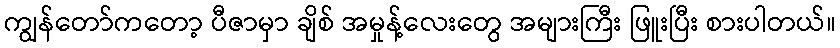
ကျွန်တော်ကတော့ ပီဇာမှာ ချိစ် အမှုန့်လေးတွေ အများကြီး ဖြူးပြီး စားပါတယ်။